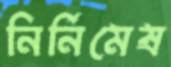
নির্নিমেষ